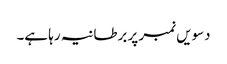
دسویں نمبر پر برطانیہ رہا ہے۔